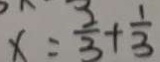
x = \frac { 2 } { 3 } + \frac { 1 } { 3 }